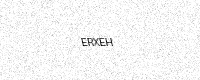
Text: ERXEH